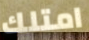
امتلك